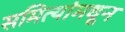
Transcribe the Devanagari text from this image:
समित्यांमधून